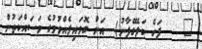
٧    ފަހެ ކަލޭގެފާނު)  އަށް ގޮވައިލެއްވުމުގެ މަސައްކަތުން